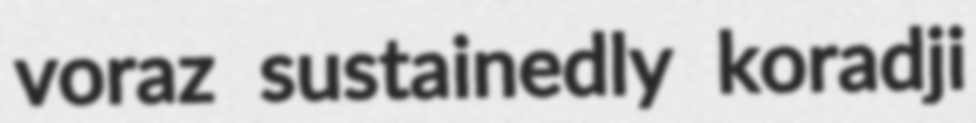
voraz sustainedly koradji